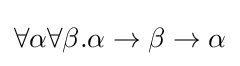
\forall \alpha \forall \beta .\alpha \rightarrow \beta \rightarrow \alpha